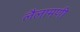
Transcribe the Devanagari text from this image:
लैलामणी